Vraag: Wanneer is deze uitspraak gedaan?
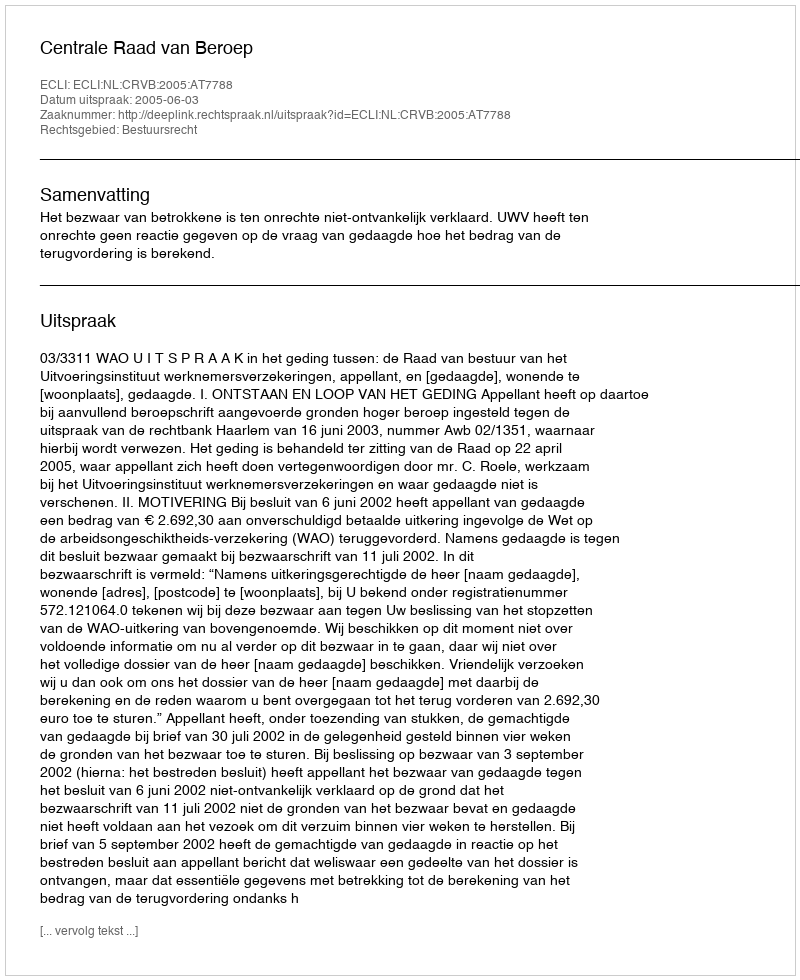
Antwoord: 2005-06-03